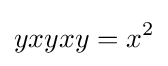
yxyxy=x^{2}